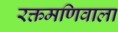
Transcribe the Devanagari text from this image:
रक्तमणिवाला